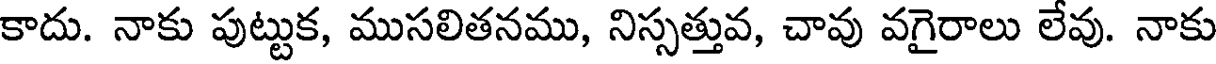
కాదు. నాకు పుట్టుక, ముసలితనము, నిస్సత్తువ, చావు వగైరాలు లేవు. నాకు